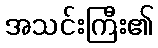
အသင်းကြီး၏